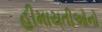
હીમાયતીઓનો